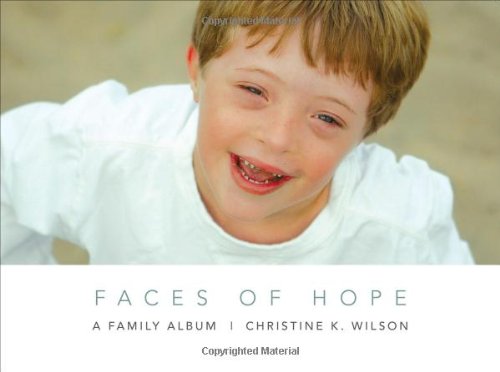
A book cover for Faces of Hope; Christine K. Wilson; Health, Fitness & Dieting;